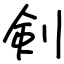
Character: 剣